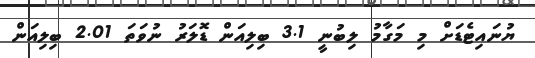
ޔުނައިޓެޑަށް މި މަގާމު ލިބުނީ 3.1 ބިލިއަން ޑޮލަރު ނުވަތަ 2.01 ބިލިއަން